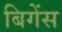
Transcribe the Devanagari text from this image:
बिगेंस